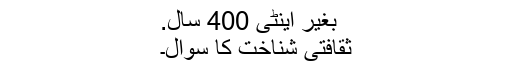
بغیر اینٹی 400 سال.
ثقافتی شناخت کا سوال۔